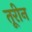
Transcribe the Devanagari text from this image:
तूरीन